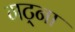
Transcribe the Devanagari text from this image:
गट्ना